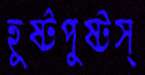
হূষ্টপুষ্টস্